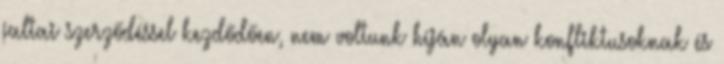
jaltai szerződéssel kezdődően, nem voltunk híján olyan konfliktusoknak és